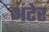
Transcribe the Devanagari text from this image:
अंटेर